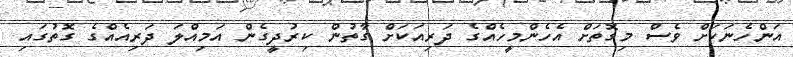
އަންހެނަކަށް ވެސް މިގޮތަށް އެހެންމީހެއްގެ ދަރިއަކަށް ގާތުން ކިރުދީގެން އަމިއްލަ ދަރިއެއްގެ ގޮތުގައި